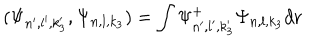
( \Psi _ { n ^ { \prime } , l ^ { \prime } , k _ { 3 } ^ { \prime } } , \Psi _ { n , l , k _ { 3 } } ) = \int \Psi _ { n ^ { \prime } , l ^ { \prime } , k _ { 3 } ^ { \prime } } ^ { + } \Psi _ { n , l , k _ { 3 } } d { \bf r }